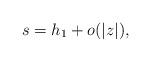
LaTeX: \begin{align*}s = h_1 + o(|z|),\end{align*}